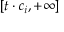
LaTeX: [ t \cdot c _ { i } , + \infty ]